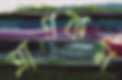
ত্রাণকর্ম